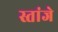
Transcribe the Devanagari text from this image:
स्तांजे